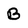
Character: B